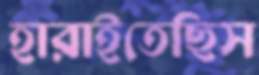
হারাইতেছিস